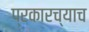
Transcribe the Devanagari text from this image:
प्रकारच्याच